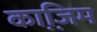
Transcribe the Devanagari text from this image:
का़जि़म